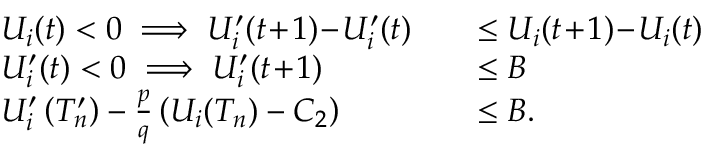
\begin{array} { r l r l } & { U _ { i } ( t ) < 0 \implies U _ { i } ^ { \prime } ( t \! + \! 1 ) \! - \! U _ { i } ^ { \prime } ( t ) } & & { \le U _ { i } ( t \! + \! 1 ) \! - \! U _ { i } ( t ) } \\ & { U _ { i } ^ { \prime } ( t ) < 0 \implies U _ { i } ^ { \prime } ( t \! + \! 1 ) } & & { \le B } \\ & { U _ { i } ^ { \prime } \left( T _ { n } ^ { \prime } \right) - \frac { p } { q } \left( U _ { i } ( T _ { n } ) - C _ { 2 } \right) } & & { \le B . } \end{array}